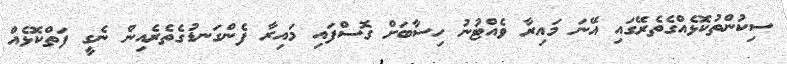
ސިކުންތުކޮޅެއްގެތެރޭގައި އޭނަ މައިރާ ވެއްޓުނު ހިސާބަށް ގޮސްފައި މައިރާ ފެންގަނޑުގެތެރެއިން ނެގީ ފަތްކޮޅެއް